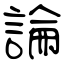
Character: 論